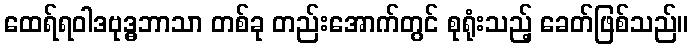
ထေရ်ရဝါဒဗုဒ္ဓဘာသာ တစ်ခု တည်းအောက်တွင် စုရုံးသည့် ခေတ်ဖြစ်သည်။